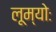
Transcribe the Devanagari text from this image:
लूम्योः